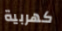
كهربية